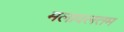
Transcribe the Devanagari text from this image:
मलावलतम